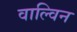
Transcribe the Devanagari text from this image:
वाल्विन